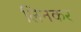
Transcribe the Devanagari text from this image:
लिनकर